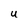
Character: U